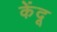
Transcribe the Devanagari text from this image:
केंदू